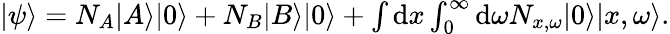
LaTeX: \begin{array}{r}{|\psi\rangle=N_{A}|A\rangle|0\rangle+N_{B}|B\rangle|0\rangle+\int\mathrm{d}x\int_{0}^{\infty}\mathrm{d}\omega N_{x,\omega}|0\rangle|x,\omega\rangle.}\end{array}